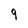
Character: 9